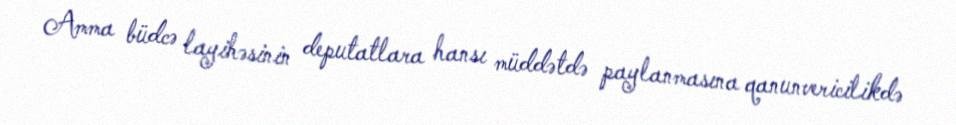
Amma büdcə layihəsinin deputatlara hansı müddətdə paylanmasına qanunvericilikdə